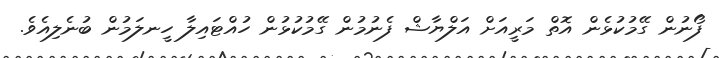
ފޯނުން ގޭމުކުޅެން އޮތް މަރީއަށް އަލްޔާޝް ފެނުމުން ގޭމުކުޅުން ހުއްޓައިލާ ހީނލަމުން ބުނެލިއެވެ.